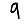
Digit: 9